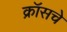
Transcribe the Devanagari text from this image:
क्रॉसचे